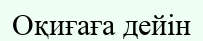
Оқиғаға дейін